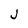
Character: J